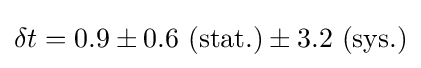
\delta t=0.9\pm 0.6\ (\mathrm {stat.} )\pm 3.2\ (\mathrm {sys.} )